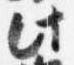
此